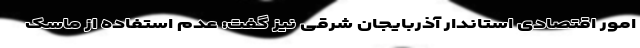
امور اقتصادی استاندار آذربایجان شرقی نیز گفت: عدم استفاده از ماسک